Report on the bubonic plague in Bombay, 1896-1897
Year: 1896
Disease focus: Plague
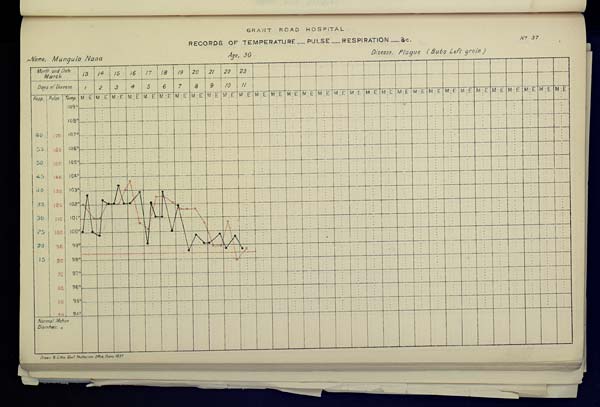
GRANT
ROAD
HOSPITAL
RECORDS OF TEMPERATURE __ PULSE __ RESPIRATION __ &c. No. 37
Name,
Mungula
Nana
Age,
30
Disease,
Plague
(Bubo
Left
groin)
Drawn & Litho: Govt. Photozinco: Office, Poona 1897.